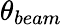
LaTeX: \theta_{beam}